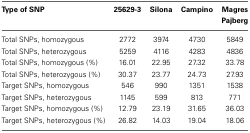
| Type of SNP | 25629-3 | Silona | Campino | Magres Pajberg |
 | --- | --- | --- | --- | --- |
 | Total SNPs, homozygous | 2772 | 3974 | 4730 | 5849 |
 | Total SNPs, heterozygous | 5259 | 4116 | 4283 | 4836 |
 | Total SNPs, homozygous (%) | 16.01 | 22.95 | 27.32 | 33.78 |
 | Total SNPs, heterozygous (%) | 30.37 | 23.77 | 24.73 | 27.93 |
 | Target SNPs, homozygous | 546 | 990 | 1351 | 1538 |
 | Target SNPs, heterozygous | 1145 | 599 | 813 | 771 |
 | Target SNPs, homozygous (%) | 12.79 | 23.19 | 31.65 | 36.03 |
 | Target SNPs, heterozygous (%) | 26.82 | 14.03 | 19.04 | 18.06 |